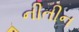
નીતીન